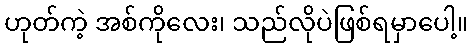
ဟုတ်ကဲ့ အစ်ကိုလေး၊ သည်လိုပဲဖြစ်ရမှာပေါ့။